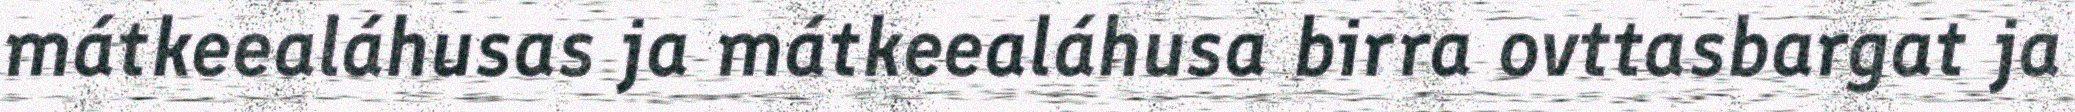
mátkeealáhusas ja mátkeealáhusa birra ovttasbargat ja